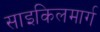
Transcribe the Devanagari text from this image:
साइकिलमार्ग